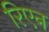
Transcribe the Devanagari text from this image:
रिएन